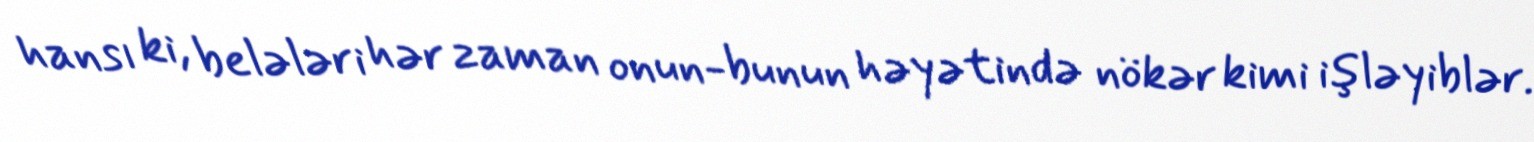
hansı ki, belələri hər zaman onun-bunun həyətində nökər kimi işləyiblər.